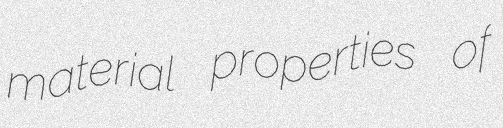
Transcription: material properties of